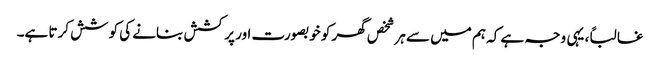
غالباً، یہی وجہ ہے کہ ہم میں سے ہر شخص گھر کو خوبصورت اور پرکشش بنانے کی کوشش کرتا ہے۔